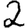
Digit: 2